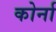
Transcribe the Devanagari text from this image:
कोर्ना